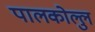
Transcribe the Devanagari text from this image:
पालकोल्लु